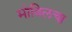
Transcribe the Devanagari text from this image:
मोबिलचा